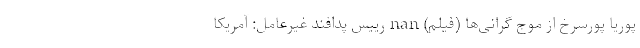
پوریا پورسرخ از موج گرانی‌ها (فیلم) nan رییس پدافند غیرعامل: آمریکا